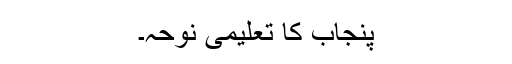
پنجاب کا تعلیمی نوحہ۔